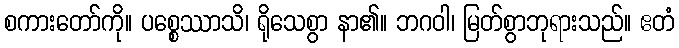
စကားတော်ကို။ ပစ္စေဿာသိ၊ ရိုသေစွာ နာ၏။ ဘဂဝါ၊ မြတ်စွာဘုရားသည်။ ဧတံ